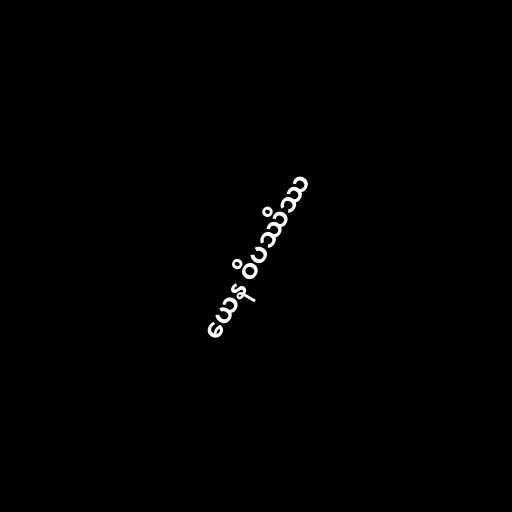
ယေန ဝိပဿိဿ